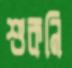
শুকনি